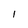
Character: N